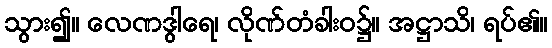
သွား၍။ လေဏဒွါရေ၊ လိုဏ်တံခါးဝ၌။ အဋ္ဌာသိ၊ ရပ်၏။